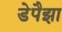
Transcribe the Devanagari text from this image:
डेपैझा